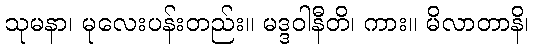
သုမနာ၊ မုလေးပန်းတည်း။ မဒ္ဒဝါနီတိ၊ ကား။ မိလာတာနိ၊